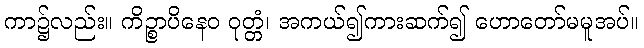
ကာ၌လည်း။ ကိဉ္စာပိနေဝ ဝုတ္တံ၊ အကယ်၍ကားဆက်၍ ဟောတော်မမူအပ်။